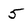
Character: 5